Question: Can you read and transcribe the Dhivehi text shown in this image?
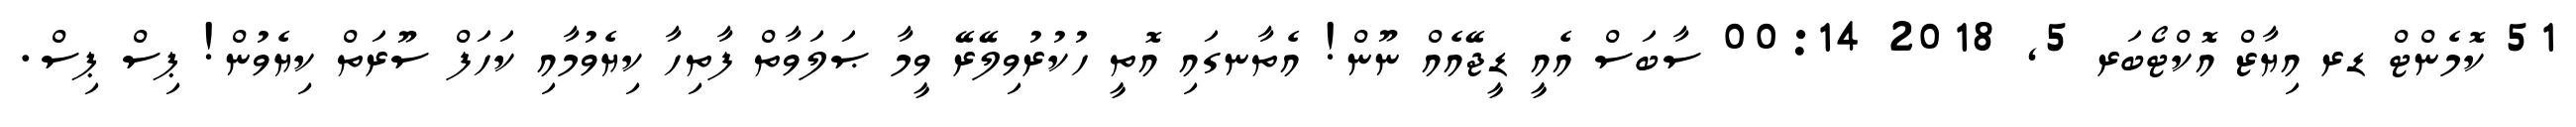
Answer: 51 ކޮމެންޓް ޑރ އިޔާޒް އޮކްޓޯބަރ 5, 2018 00:14 ސާބަސް އެއީ ޑީޖޭއެއް ނޫން! އެތާނގައި އޮތީ ހުކުރުވިލޭރޭ ވީމާ ޞަލަވާތް ފާތިހާ ކިޔެވުމާއި ކަހަފް ސޫރަތް ކިޔެވުން! ޕިސް ޕިސް.